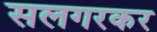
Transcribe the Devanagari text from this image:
सलगरकर